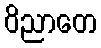
ဝိညာတေ